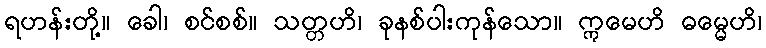
ရဟန်းတို့။ ခေါ၊ စင်စစ်။ သတ္တဟိ၊ ခုနစ်ပါးကုန်သော။ ဣမေဟိ ဓမ္မေဟိ၊